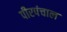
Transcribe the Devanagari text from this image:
पीरपंचाल